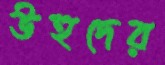
উহুদের